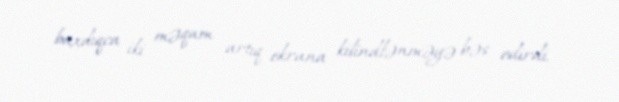
baxdıqca iki məqam artıq ekrana kilindlənməyə bəs edirdi.